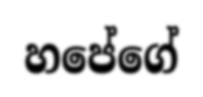
හපේගේ